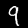
Digit: 9